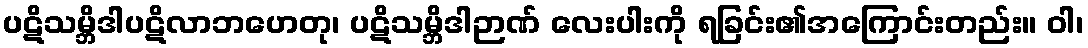
ပဋိသမ္ဘိဒါပဋိလာဘဟေတု၊ ပဋိသမ္ဘိဒါဉာဏ် လေးပါးကို ရခြင်း၏အကြောင်းတည်း။ ဝါ၊